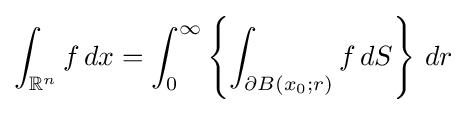
\int _{\mathbb {R} ^{n}}f\,dx=\int _{0}^{\infty }\left\{\int _{\partial B(x_{0};r)}f\,dS\right\}\,dr